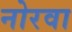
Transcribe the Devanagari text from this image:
नोरवा